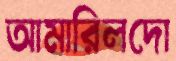
আমারিলদো